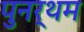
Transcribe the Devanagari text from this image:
पुनर्थम